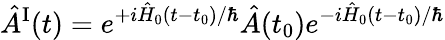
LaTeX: \hat{A}^{\mathrm{I}}(t)=e^{+i\hat{H}_{0}(t-t_{0})/\hbar}\hat{A}(t_{0})e^{-i\hat{H}_{0}(t-t_{0})/\hbar}